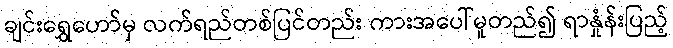
ချင်းရွှေဟော်မှ လက်ရည်တစ်ပြင်တည်း ကားအပေါ်မူတည်၍ ရာနှုံန်းပြည့်